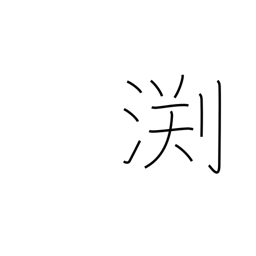
Meaning: edge